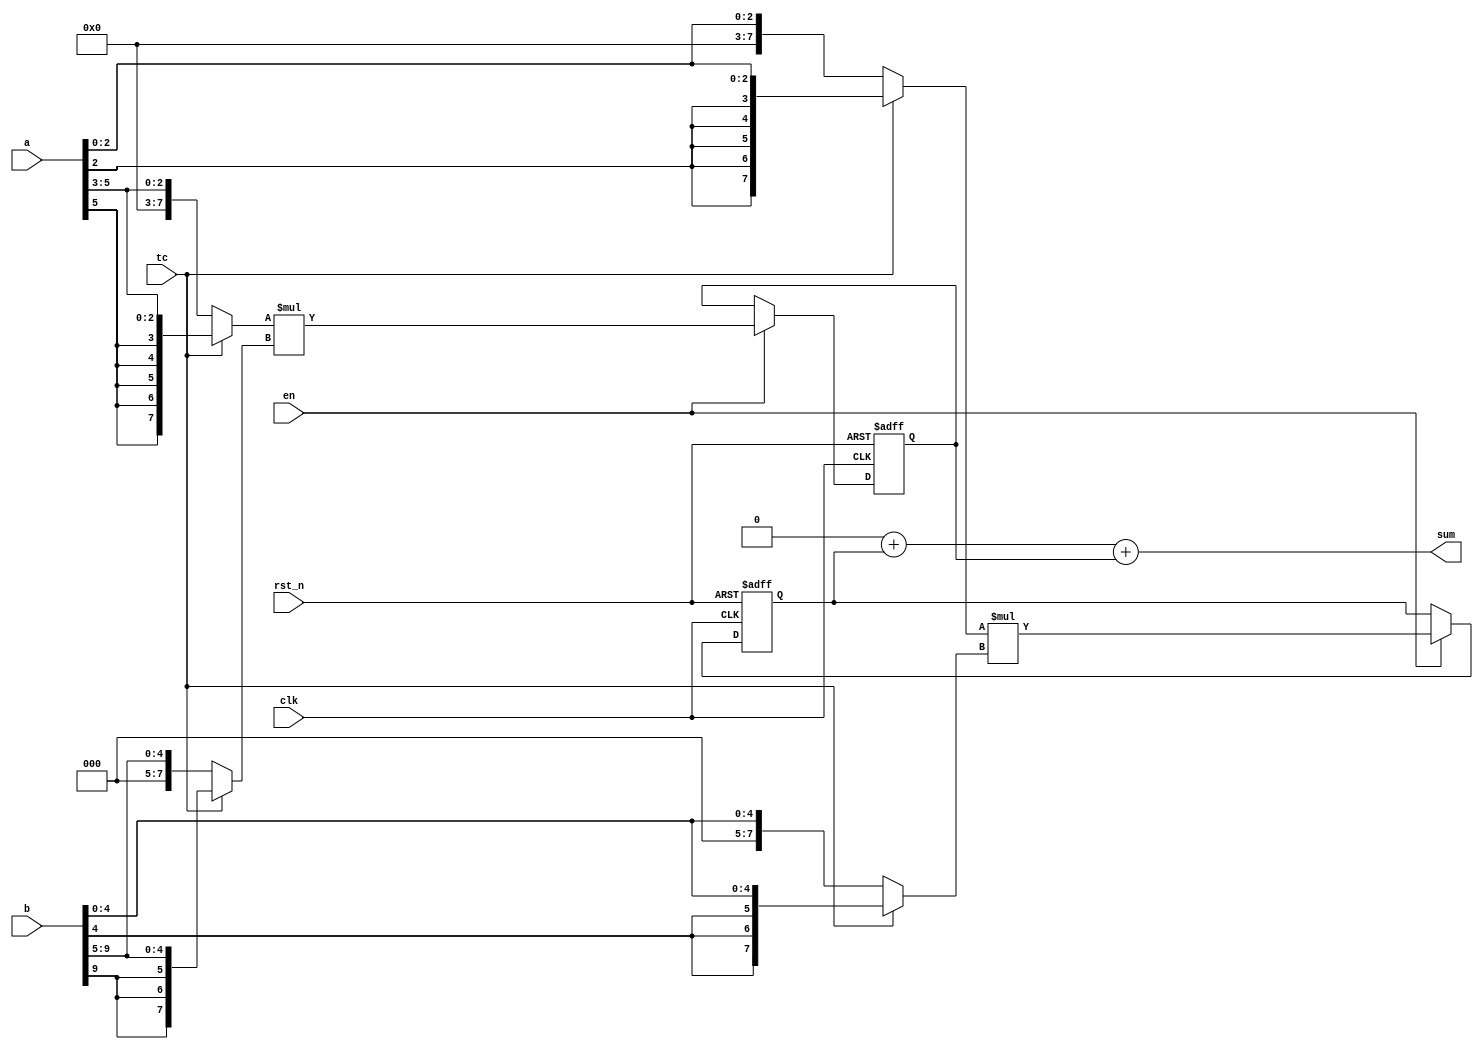

//-------------------------------------------------------------------------------------------------
// Description :DW_prod_sum_pipe is a universal stallable pipelined generalized sum of products
// generator.
//-------------------------------------------------------------------------------------------------	
`timescale 1ns / 10ps

module DW_prod_sum_pipe (
    clk, 
    rst_n,
		en,
		tc,
    a, 
		b,
		sum
		)/* synthesis syn_builtin_du = "weak" */;
	
	parameter a_width = 3;
	parameter b_width = 5;
	parameter num_inputs = 2;
	parameter sum_width = 8;
	parameter num_stages = 2;
	parameter stall_mode = 1;
	parameter rst_mode = 1;				 
	parameter	op_iso_mode = 0;
	
	localparam width = a_width + b_width;  

	//Input/output declaration
	input clk;
	input rst_n;
	input en;
	input tc;
	input [a_width*num_inputs-1 : 0] a;
	input [b_width*num_inputs-1 : 0] b;
	output [sum_width-1 : 0]         sum;  

	
	//Internal signal declaration  
	integer	i, j, k;
	reg [a_width-1 : 0] tmp_a;
	reg [b_width-1 : 0] tmp_b; 
	reg [a_width-1 : 0] temp_a [0:num_inputs-1];
	reg [b_width-1 : 0] temp_b [0:num_inputs-1]; 
	reg [width - 1 : 0] t_a [0:num_inputs-1];
	reg [width - 1 : 0] t_b [0:num_inputs-1];
	reg [width-1:0] PRODUCT1 [0:(num_inputs*(num_stages - 1))-1]/* synthesis syn_pipeline=1 */;
	reg [width-1:0] PRODUCT2 [0:(num_inputs*(num_stages - 1))-1]/* synthesis syn_pipeline=1 */;
	reg [width-1:0] PRODUCT3 [0:(num_inputs*(num_stages - 1))-1]/* synthesis syn_pipeline=1 */;
	reg [width-1:0] PRODUCT4 [0:(num_inputs*(num_stages - 1))-1]/* synthesis syn_pipeline=1 */;
	reg [width-1:0] PRODUCT5 [0:(num_inputs*(num_stages - 1))-1]/* synthesis syn_pipeline=1 */;
	reg [width-1:0] PRODUCT6 [0:(num_inputs*(num_stages - 1))-1]/* synthesis syn_pipeline=1 */;
	reg [sum_width-1 : 0]         sum;  
	reg [width-1:0]               msb;

	reg	[num_stages-2:0]	tc_pipe1;	
	reg	[num_stages-2:0]	tc_pipe2;	
	reg	[num_stages-2:0]	tc_pipe3;	
	reg	[num_stages-2:0]	tc_pipe4;	
	reg	[num_stages-2:0]	tc_pipe5;	
	reg	[num_stages-2:0]	tc_pipe6;	

	//Save a and b as memory elements, so that we can apply syn_pipeline
	always @ ( a or b )
		for ( i = 0; i < num_inputs; i = i + 1 ) 
			begin 
				for (j = 0; j < a_width; j = j + 1 )
				  tmp_a[j] = a[a_width*i + j];
				for (k = 0; k < b_width; k = k + 1 )
				  tmp_b[k] = b[b_width*i + k];	
				temp_a[i] = tmp_a;		    
				temp_b[i] = tmp_b;
			end	
	//Sign extending the inputs based on tc		
	always @* 
//	always @(temp_a or temp_b or tc) //for simulation
		for ( i = 0; i < num_inputs; i = i + 1 )
			begin:b1 
				reg [a_width-1 : 0] loc_a;
				reg [b_width-1 : 0] loc_b;
				loc_a = temp_a[i];
				loc_b = temp_b[i];
				t_a[i] = tc ? {{width - a_width{loc_a[a_width - 1]}},loc_a} : {{width - a_width{1'b0}},loc_a};
				t_b[i] = tc ? {{width - b_width{loc_b[b_width - 1]}},loc_b} : {{width - b_width{1'b0}},loc_b};
			end
			
    //Product with a clock latency of num_stages-1, stall_mode = 0, rst_mode = 0
	always @ ( posedge clk ) 
		begin								 
			for ( j = 0; j < num_inputs; j = j + 1 )
				PRODUCT1[j] <= t_a[j] * t_b[j];
				
			for ( i=0; i < num_stages-2; i = i + 1 )
				for ( k = 0; k < num_inputs; k = k + 1 )
					PRODUCT1[num_inputs+(num_inputs*i+k)] <= PRODUCT1[num_inputs*i+k]; 			

			tc_pipe1[0] <= tc;
			for ( i=0; i < num_stages-2; i = i + 1 )
				tc_pipe1[i+1] <= tc_pipe1[i];
		end	

	//Product with a clock latency of num_stages-1, stall_mode = 0, rst_mode = 1
	always @ ( posedge clk or negedge rst_n ) 
		if ( !rst_n )
			begin
        // synthesis loop_limit 2000              
		    for ( i=0; i < num_inputs*(num_stages-1); i = i + 1 )
				PRODUCT2[i] <= 0; 
			for ( i=0; i < num_stages-1; i = i + 1 )
				tc_pipe2[i] <= 0;
			end
		else		
		  begin
			for ( j = 0; j < num_inputs; j = j + 1 )
				PRODUCT2[j] <= t_a[j] * t_b[j];
				
			for ( i=0; i < num_stages-2; i = i + 1 )
				for ( k = 0; k < num_inputs; k = k + 1 )
					PRODUCT2[num_inputs+(num_inputs*i+k)] <= PRODUCT2[num_inputs*i+k]; 		
	
			tc_pipe2[0] <= tc;
			for ( i=0; i < num_stages-2; i = i + 1 )
				tc_pipe2[i+1] <= tc_pipe2[i];
	
		  end		

	//Product with a clock latency of num_stages-1, stall_mode = 0, rst_mode = 2
	always @ ( posedge clk ) 
		if ( !rst_n )
			begin
        // synthesis loop_limit 2000              
		    for ( i=0; i < num_inputs*(num_stages-1); i = i + 1 )
				PRODUCT3[i] <= 0;
			for ( i=0; i < num_stages-1; i = i + 1 )
				tc_pipe3[i] <= 0;
			end
		else		
		  begin
			for ( j = 0; j < num_inputs; j = j + 1 )
				PRODUCT3[j] <= t_a[j] * t_b[j];
				
			for ( i=0; i < num_stages-2; i = i + 1 )
				for ( k = 0; k < num_inputs; k = k + 1 )
					PRODUCT3[num_inputs+(num_inputs*i+k)] <= PRODUCT3[num_inputs*i+k]; 		
	
			tc_pipe3[0] <= tc;
			for ( i=0; i < num_stages-2; i = i + 1 )
				tc_pipe3[i+1] <= tc_pipe3[i];
		  end		

// reg [width-1:0] prod [0:(num_stages - 2)];    

//	always @ (*)
//	   begin
//	      prod[0] = en ?  temp_a * temp_b : PRODUCT4[0];
//		for ( i=0; i < num_stages-2; i = i + 1 )
//		  prod[i+1] = en ? PRODUCT4[i] : PRODUCT4[i+1];
//	   end
//
//	always @ ( posedge clk ) 
//		  begin
//			   PRODUCT4[0] <= prod[0];
//			   for ( i=0; i < num_stages-2; i = i + 1 )
//			     PRODUCT4[i+1] <= prod[i];
//		  end		
//

    //Product with a clock latency of num_stages-1, stall_mode = 1, rst_mode = 0
	always @ ( posedge clk ) 
	  if (en)
		begin
			for ( j = 0; j < num_inputs; j = j + 1 )
				PRODUCT4[j] <= t_a[j] * t_b[j];
				
			for ( i=0; i < num_stages-2; i = i + 1 )
				for ( k = 0; k < num_inputs; k = k + 1 )
					PRODUCT4[num_inputs+(num_inputs*i+k)] <= PRODUCT4[num_inputs*i+k]; 		
	
			tc_pipe4[0] <= tc;
			for ( i=0; i < num_stages-2; i = i + 1 )
				tc_pipe4[i+1] <= tc_pipe4[i];
		end	


    //Product with a clock latency of num_stages-1, stall_mode = 1, rst_mode = 1
	always @ ( posedge clk or negedge rst_n ) 
		if ( !rst_n )
			begin 
        // synthesis loop_limit 2000              
		    for ( i=0; i < num_inputs*(num_stages-1); i = i + 1 )
				PRODUCT5[i] <= 0;  
		
				for ( i=0; i < num_stages-1; i=i+1) 
					tc_pipe5[i] <= 0;
			end
		else if (en)
		begin
			for ( j = 0; j < num_inputs; j = j + 1 )
				PRODUCT5[j] <= t_a[j] * t_b[j];
				
			for ( i=0; i < num_stages-2; i = i + 1 )
				for ( k = 0; k < num_inputs; k = k + 1 )
					PRODUCT5[num_inputs+(num_inputs*i+k)] <= PRODUCT5[num_inputs*i+k]; 				

			tc_pipe5[0] <= tc;
			for ( i=0; i < num_stages-2; i=i+1)
				tc_pipe5[i+1] <= tc_pipe5[i];
		end	


    //Product with a clock latency of num_stages-1, stall_mode = 1, rst_mode = 2
	always @ ( posedge clk ) 
		if ( !rst_n ) 
			begin
        // synthesis loop_limit 2000              
		    for ( i=0; i < num_inputs*(num_stages-1); i = i + 1 )
				PRODUCT6[i] <= 0;

				for ( i=0; i < num_stages-1; i=i+1) 
					tc_pipe6[i] <= 0;
			end
		else if (en)
		begin
			for ( j = 0; j < num_inputs; j = j + 1 )
				PRODUCT6[j] <= t_a[j] * t_b[j];
				
			for ( i=0; i < num_stages-2; i = i + 1 )
				for ( k = 0; k < num_inputs; k = k + 1 )
					PRODUCT6[num_inputs+(num_inputs*i+k)] <= PRODUCT6[num_inputs*i+k]; 			

			tc_pipe6[0] <= tc;
			for ( i=0; i < num_stages-2; i=i+1)
				tc_pipe6[i+1] <= tc_pipe6[i];
		end	
		  
    //Updating output
//    always @ (PRODUCT1 or PRODUCT2 or PRODUCT3 or PRODUCT4 or PRODUCT5 or PRODUCT6)	 //(*)
 always @ (*)
	if ( stall_mode == 0 && rst_mode == 0 )
		begin
			sum = 0;
			for ( i = 0; i < num_inputs; i = i + 1 )
				begin
					msb = PRODUCT1[num_inputs*(num_stages-2)+ i];
					if ( sum_width == width )
					  sum = sum + msb;
					else if ( sum_width > width )
					  sum = sum + (tc_pipe1[num_stages-2] ? {{sum_width-width{msb[width-1]}},msb}:msb);
					else
					  sum = sum + msb;
				end	
		end	
	else if ( stall_mode == 0 && rst_mode == 1 ) 	
		begin
			sum = 0;
			for ( i = 0; i < num_inputs; i = i + 1 )
				begin
					msb = PRODUCT2[num_inputs*(num_stages-2)+ i];
					if ( sum_width == width )
					  sum = sum + msb;
					else if ( sum_width > width )
					  sum = sum + (tc_pipe2[num_stages-2] ? {{sum_width-width{msb[width-1]}},msb}:msb);
					else
					  sum = sum + msb;
				end	
		end	
	else if ( stall_mode == 0 && rst_mode == 2 ) 
		begin
			sum = 0;
			for ( i = 0; i < num_inputs; i = i + 1 )
				begin
					msb = PRODUCT3[num_inputs*(num_stages-2)+ i];
					if ( sum_width == width )
					  sum = sum + msb;
					else if ( sum_width > width )
					  sum = sum + (tc_pipe3[num_stages-2] ? {{sum_width-width{msb[width-1]}},msb}:msb);
					else
					  sum = sum + msb;
				end	
		end	
	else if ( stall_mode == 1 && rst_mode == 0 )
		begin
			sum = 0;
			for ( i = 0; i < num_inputs; i = i + 1 )
				begin
					msb = PRODUCT4[num_inputs*(num_stages-2)+ i];
					if ( sum_width == width )
					  sum = sum + msb;
					else if ( sum_width > width )
					  sum = sum + (tc_pipe4[num_stages-2] ? {{sum_width-width{msb[width-1]}},msb}:msb);
					else
					  sum = sum + msb;
				end	
		end	
	else if (stall_mode == 1 && rst_mode == 1 )	
		begin
			sum = 0;
			for ( i = 0; i < num_inputs; i = i + 1 )
				begin
					msb = PRODUCT5[num_inputs*(num_stages-2)+ i];
					if ( sum_width == width )
					  sum = sum + msb;
					else if ( sum_width > width )
						  sum = sum + (tc_pipe5[num_stages-2] ? {{sum_width-width{msb[width-1]}},msb}:msb);
					else
					  sum = sum + msb;
				end	
		end	
	else if ( stall_mode == 1 && rst_mode == 2 )
		begin
			sum = 0;
			for ( i = 0; i < num_inputs; i = i + 1 )
				begin
					msb = PRODUCT6[num_inputs*(num_stages-2)+ i];
					if ( sum_width == width )
					  sum = sum + msb;
					else if ( sum_width > width )
					  sum = sum + (tc_pipe6[num_stages-2] ? {{sum_width-width{msb[width-1]}},msb}:msb);
					else
					  sum = sum + msb;
				end	
		end	

endmodule